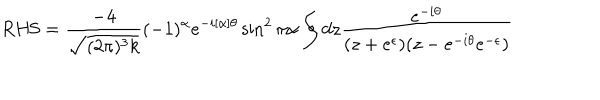
\mathrm { R H S } = \frac { - 4 } { \sqrt { ( 2 \pi ) ^ { 3 } k } } ( - 1 ) ^ { \alpha } e ^ { - i [ \alpha ] \theta } \sin ^ { 2 } \pi \alpha \oint d z \frac { e ^ { - i \theta } } { ( z + e ^ { \epsilon } ) ( z - e ^ { - i \theta } e ^ { - \epsilon } ) }